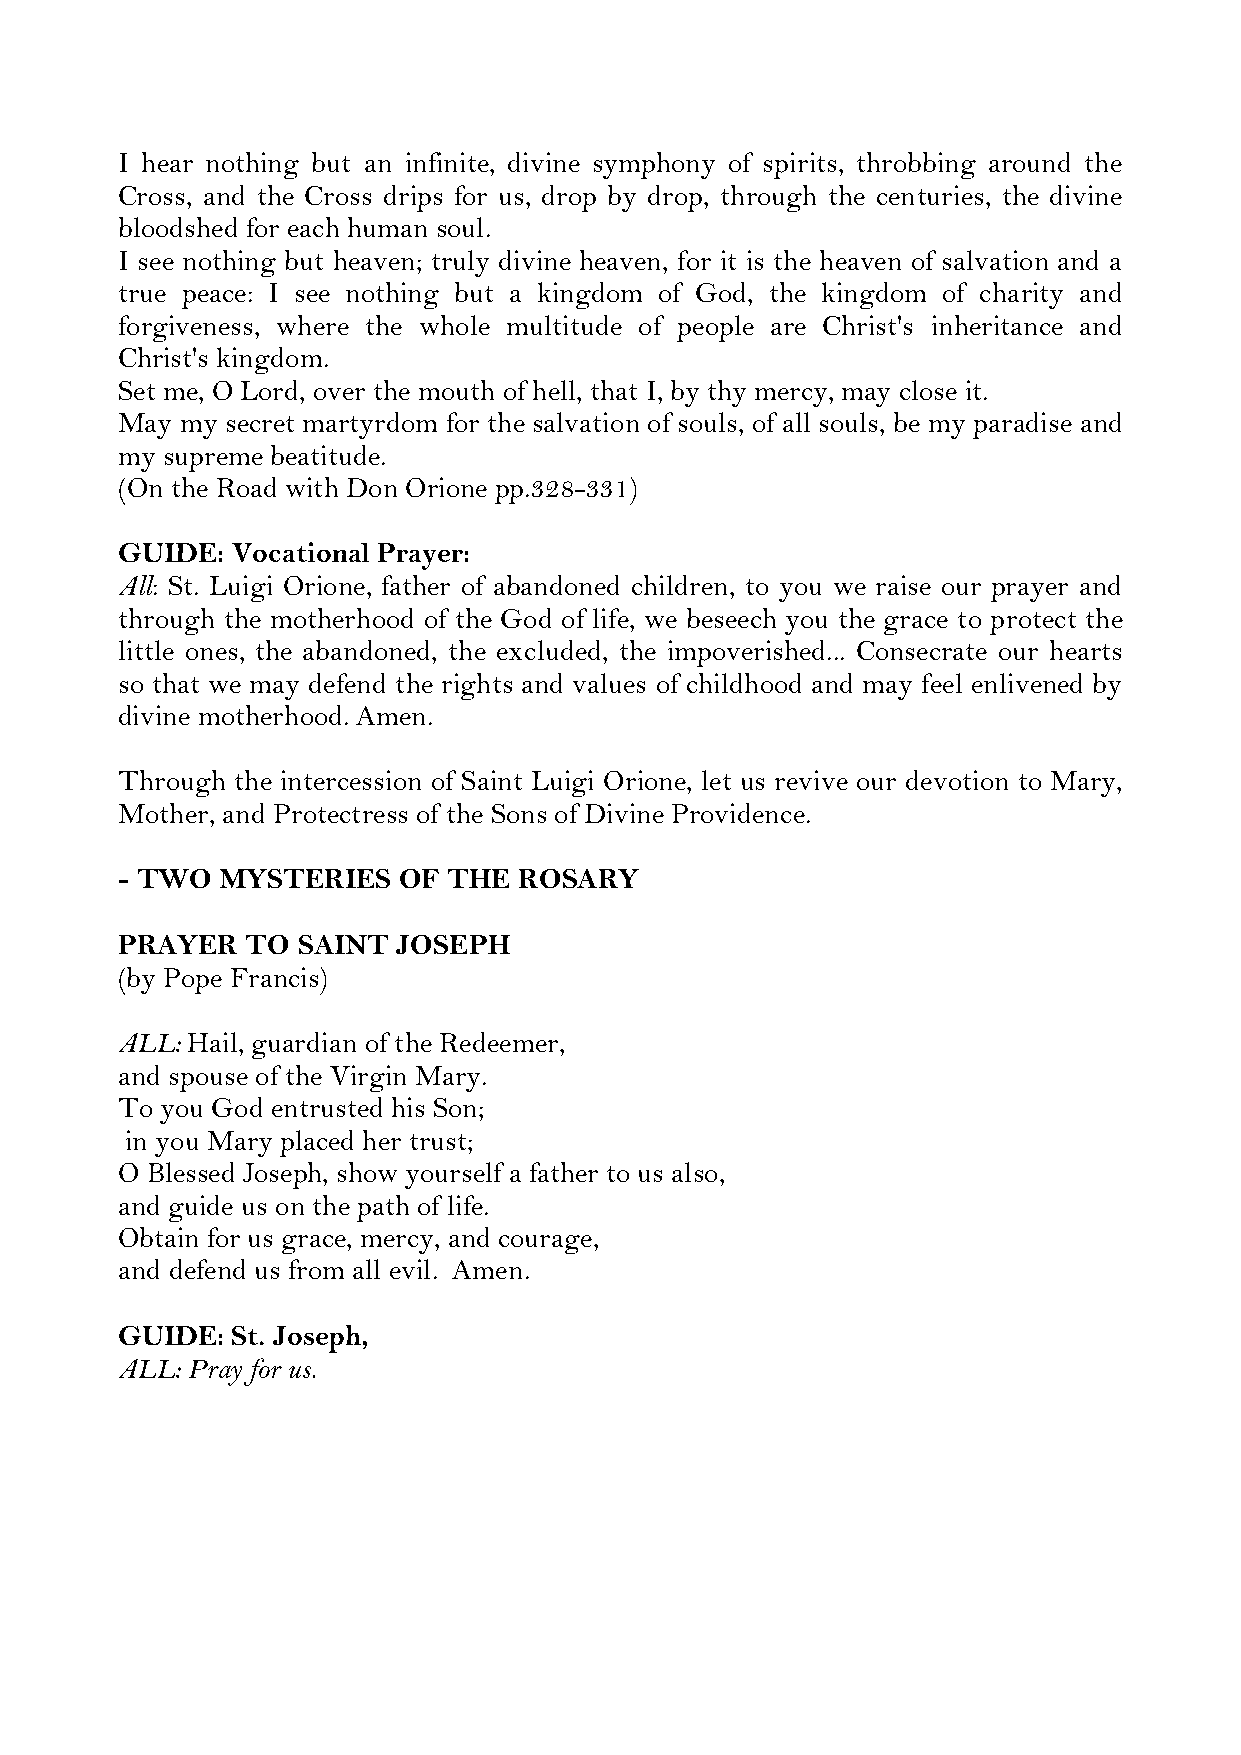
I hear nothing but an infinite, divine symphony of spirits, throbbing around the
 Cross, and the Cross drips for us, drop by drop, through the centuries, the divine
 bloodshed for each human soul.
 I see nothing but heaven; truly divine heaven, for it is the heaven of salvation and a
 true peace: I see nothing but a kingdom of God, the kingdom of charity and
 forgiveness, where the whole multitude of people are Christ's inheritance and
 Christ's kingdom.
 Set me, O Lord, over the mouth of hell, that I, by thy mercy, may close it.
 May my secret martyrdom for the salvation of souls, of all souls, be my paradise and
 my supreme beatitude.
 (On the Road with Don Orione pp.328-331)
 GUIDE: Vocational Prayer:
 All: St. Luigi Orione, father of abandoned children, to you we raise our prayer and
 through the motherhood of the God of life, we beseech you the grace to protect the
 little ones, the abandoned, the excluded, the impoverished... Consecrate our hearts
 so that we may defend the rights and values of childhood and may feel enlivened by
 divine motherhood. Amen.
 Through the intercession of Saint Luigi Orione, let us revive our devotion to Mary,
 Mother, and Protectress of the Sons of Divine Providence.
 - TWO  MYSTERIES  OF  THE ROSARY
 PRAYER  TO  SAINT JOSEPH
 (by Pope Francis)
 ALL: Hail, guardian of the Redeemer,
 and spouse of the Virgin Mary.
 To you God entrusted his Son;
 in you Mary placed her trust;
 O Blessed Joseph, show yourself a father to us also,
 and guide us on the path of life.
 Obtain for us grace, mercy, and courage,
 and defend us from all evil. Amen.
 GUIDE: St. Joseph,
 ALL: Pray for us.